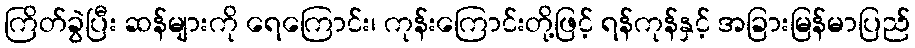
ကြိတ်ခွဲပြီး ဆန်များကို ရေကြောင်း၊ ကုန်းကြောင်းတို့ဖြင့် ရန်ကုန်နှင့် အခြားမြန်မာပြည်